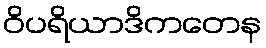
ဝိပရိယာဒိကတေန